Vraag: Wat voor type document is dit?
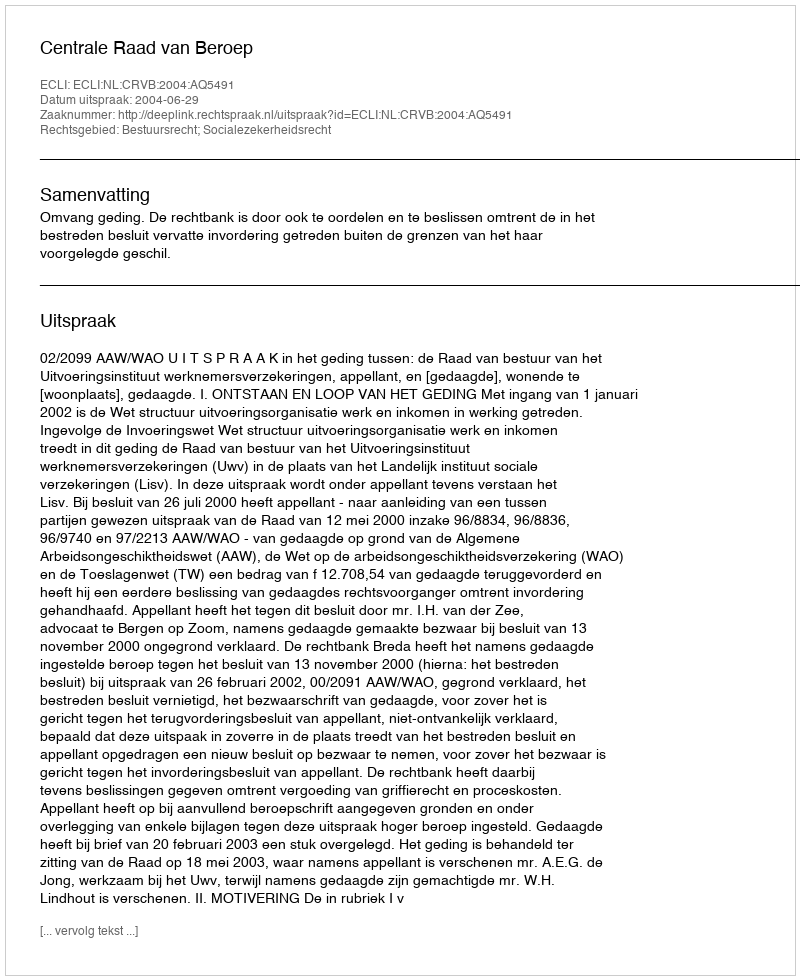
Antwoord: Uitspraak